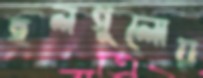
হলগুলোয়